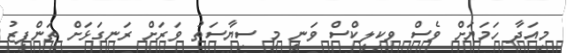
މިއަދާ ހަމަޔަށް ވެސް ވިކިލީކްސް ވަނީ މި ސިޔާސަތު ވަރަށް ރަނގަޅަށް ތަންފީޒު